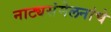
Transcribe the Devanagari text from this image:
नाट्यसंमेलनांचे